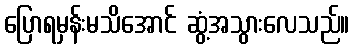
ပြောရမှန်းမသိအောင် ဆွံ့အသွားလေသည်။